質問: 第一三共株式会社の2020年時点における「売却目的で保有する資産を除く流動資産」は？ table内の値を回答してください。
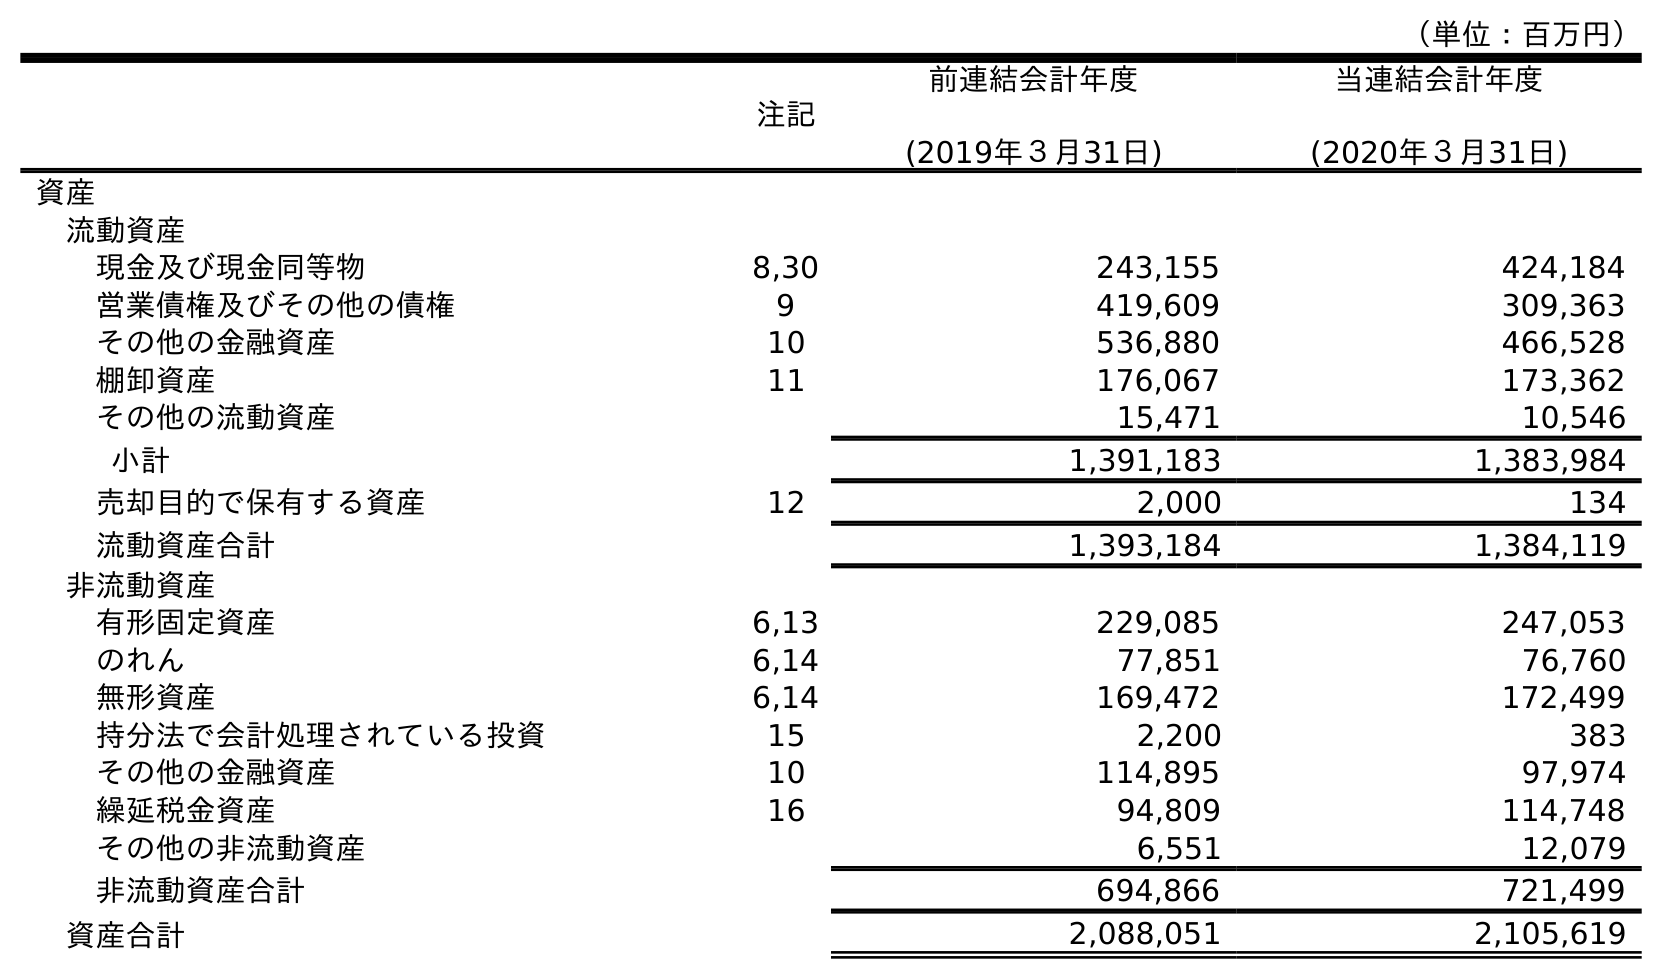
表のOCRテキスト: （単位：百万円） 注記 前連結会計年度 (2019年３月31日) 当連結会計年度 (2020年３月31日) 資産 流動資産 現金及び現金同等物 8,30 243,155 424,184 営業債権及びその他の債権 9 419,609 309,363 その他の金融資産 10 536,880 466,528 棚卸資産 11 176,067 173,362 その他の流動資産 15,471 10,546 小計 1,391,183 1,383,984 売却目的で保有する資産 12 2,000 134 流動資産合計 1,393,184 1,384,119 非流動資産 有形固定資産 6,13 229,085 247,053 のれん 6,14 77,851 76,760 無形資産 6,14 169,472 172,499 持分法で会計処理されている投資 15 2,200 383 その他の金融資産 10 114,895 97,974 繰延税金資産 16 94,809 114,748 その他の非流動資産 6,551 12,079 非流動資産合計 694,866 721,499 資産合計 2,088,051 2,105,619
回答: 1,383,984